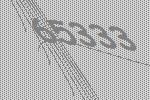
65333